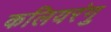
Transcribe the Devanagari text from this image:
कलियरंगु